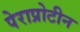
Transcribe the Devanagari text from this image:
पेराप्रोटीन